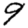
Digit: 9